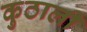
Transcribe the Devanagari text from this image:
कुठाली